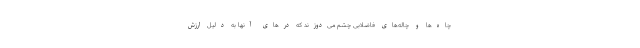
چا‌ه‌ها و چاله‌های فاضلابی چشم می‌دوزند که درهای آنها به دلیل ارزش